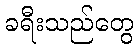
ခရီးသည်တွေ